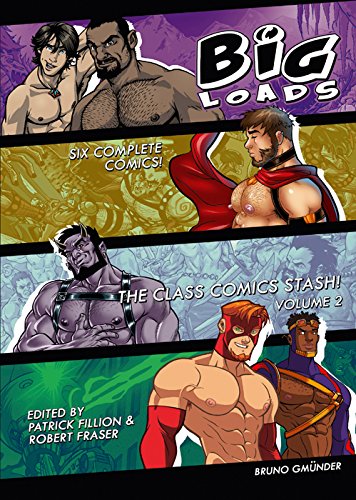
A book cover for Big Loads 2: The Class Comic Stash!; Comics & Graphic Novels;